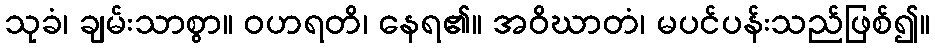
သုခံ၊ ချမ်းသာစွာ။ ဝဟရတိ၊ နေရ၏။ အဝိဃာတံ၊ မပင်ပန်းသည်ဖြစ်၍။